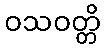
ဝသဝတ္တိ